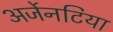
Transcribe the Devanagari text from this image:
अर्जेनटिया